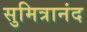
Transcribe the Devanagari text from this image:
सुमित्रानंद